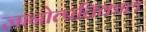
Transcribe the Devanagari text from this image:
ज्ञानोत्पत्तिकाल